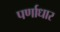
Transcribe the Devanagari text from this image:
पर्णाधार